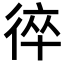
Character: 𢔙